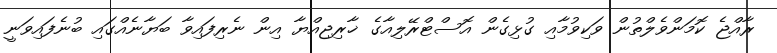
ރާއްޖެ ކޮމަންވެލްތުން ވަކިވުމާއި ގުޅިގެން އޮސްޓްރޭލިއާގެ ޚާރިޖިއްޔާ އިން ނެރިފައިވާ ބަޔާނެއްގައި ބުނެފައިވަނީ